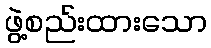
ဖွဲ့စည်းထားသော